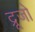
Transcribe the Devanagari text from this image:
द्रूजो